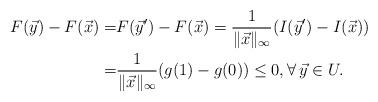
LaTeX: \begin{align*}F(\vec y)-F(\vec x)=&F(\vec y')-F(\vec x)=\frac{1}{\|\vec x\|_\infty}(I(\vec y')-I(\vec x))\\=&\frac{1}{\|\vec x\|_\infty}(g(1)-g(0))\le 0,\forall\,\vec y\in U.\end{align*}